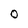
Character: O